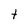
Character: t